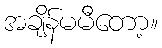
အချိန်မမီတော့။